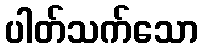
ပါတ်သက်သော